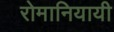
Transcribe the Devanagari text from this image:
रोमानियायी